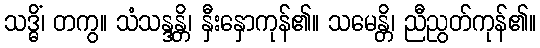
သဒ္ဓိံ၊ တကွ။ သံသန္ဒန္တိ၊ နှီးနှောကုန်၏။ သမေန္တိ၊ ညီညွတ်ကုန်၏။